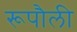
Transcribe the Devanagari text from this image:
रूपौली